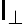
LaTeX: \mathsf{l}_{\bot}